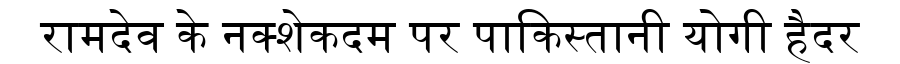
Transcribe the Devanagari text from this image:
रामदेव के नक्शेकदम पर पाकिस्तानी योगी हैदर